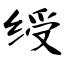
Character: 绶